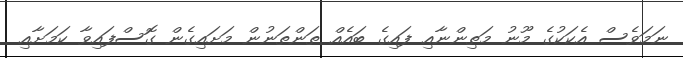
ނަމަވެސް އެކަކުގެ މޫނު މަތިންނާއި ފައިގެ ބައެއް ތަންތަނުން މަށައިގެން ގޮސްފައިވާ ކަމަށާއި